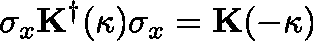
\sigma _ { x } \mathbf { K ^ { \dagger } ( \kappa ) } \sigma _ { x } = \mathbf { K ( - \kappa ) }